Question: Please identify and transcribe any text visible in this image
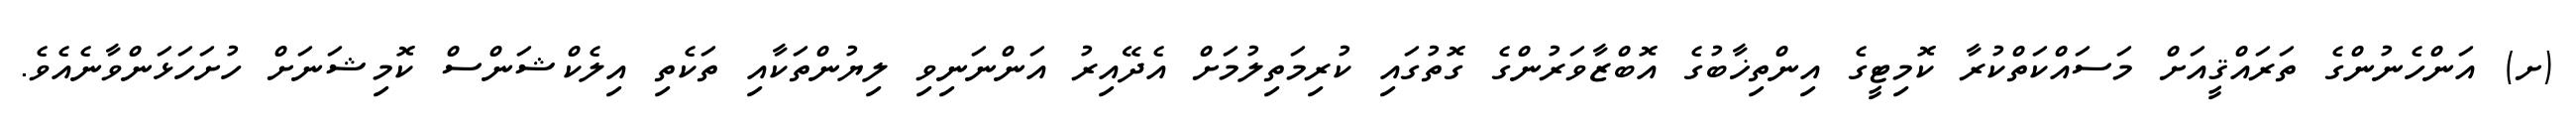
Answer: (ށ) އަންހެނުންގެ ތަރައްޤީއަށް މަސައްކަތްކުރާ ކޮމިޓީގެ އިންތިޚާބުގެ އޮބްޒާވަރުންގެ ގޮތުގައި ކުރިމަތިލުމަށް އެދޭއިރު އަންނަނިވި ލިޔުންތަކާއި ތަކެތި އިލެކްޝަންސް ކޮމިޝަނަށް ހުށަހަޅަންވާނެއެވެ.